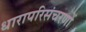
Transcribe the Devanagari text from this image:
धारापरिसंचरणों